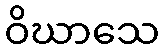
ဝိဃာသေ